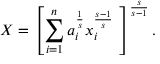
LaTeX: X = \left[ \sum _ { i = 1 } ^ { n } a _ { i } ^ { \frac { 1 } { s } } x _ { i } ^ { \frac { s - 1 } { s } } \ \right] ^ { \frac { s } { s - 1 } } .